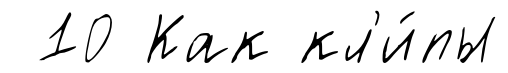
10 Как кл'и́пы